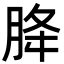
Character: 胮